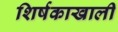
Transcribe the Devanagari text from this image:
शिर्षकाखाली